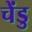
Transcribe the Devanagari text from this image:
चेंडु